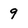
Character: 9